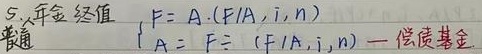
5. 年金终值普通
\(\begin{cases}F = A\cdot(F/A, i, n)\\A = F\div(F/A, i, n)\text{ ---偿债基金}\end{cases}\)